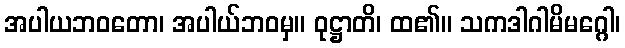
အပါယဘဝတော၊ အပါယ်ဘဝမှ။ ဝုဋ္ဌာတိ၊ ထ၏။ သကဒါဂါမိမဂ္ဂေါ၊